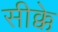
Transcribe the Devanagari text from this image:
सीक्के